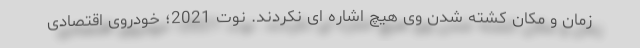
زمان و مکان کشته شدن وی هیچ اشاره ای نکردند. نوت 2021؛ خودروی اقتصادی